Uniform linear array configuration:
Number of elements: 48
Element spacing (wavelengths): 0.75
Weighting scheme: blackman
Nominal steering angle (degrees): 45
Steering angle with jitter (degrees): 43.754
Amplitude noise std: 0.05
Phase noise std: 0.05

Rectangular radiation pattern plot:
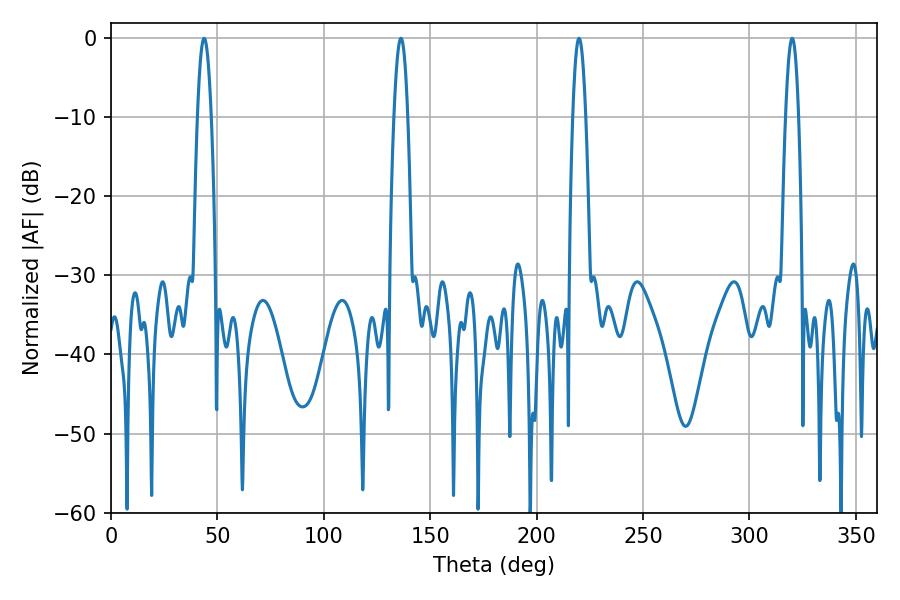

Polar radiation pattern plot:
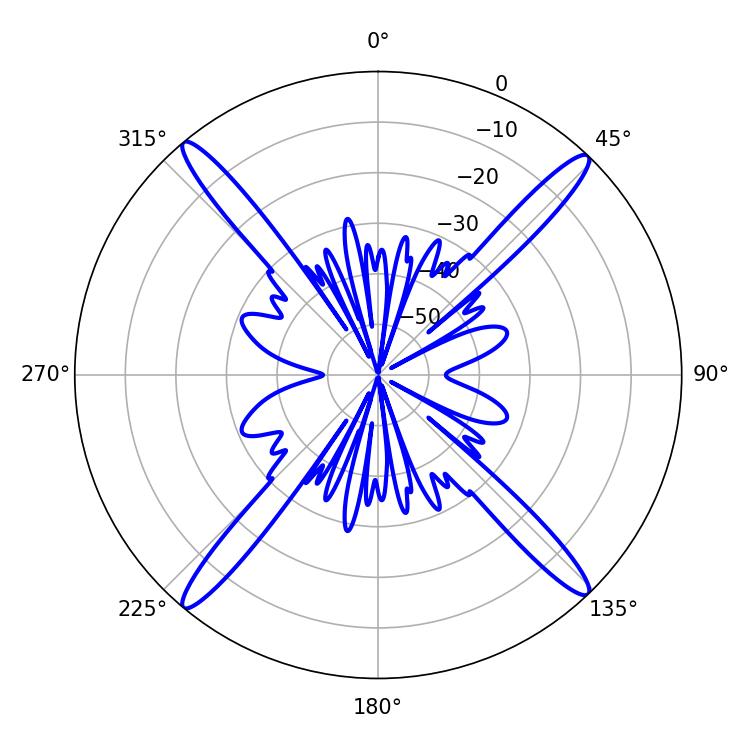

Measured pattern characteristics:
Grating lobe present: TRUE
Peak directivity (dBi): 22.347
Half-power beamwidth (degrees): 3.6
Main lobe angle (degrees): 43.74